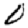
Digit: 0